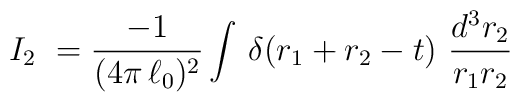
I_{2}\ =\frac{-1}{(4\pi\,{\ell_{0}})^2}\int\,\delta\!\left(r_{1}+r_{2}-t\right)\,\frac{d^{3}r_{2}}{r_{1}r_{2}}